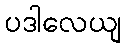
ပဒါလေယျ